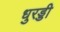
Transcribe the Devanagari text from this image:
धुरड्डी